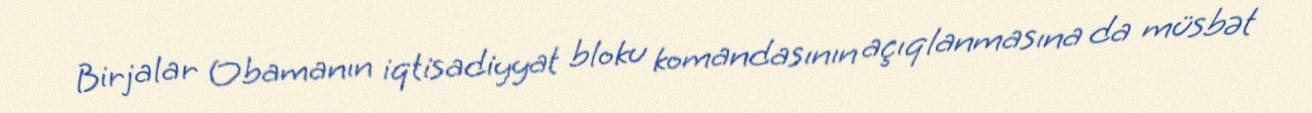
Birjalar Obamanın iqtisadiyyat bloku komandasının açıqlanmasına da müsbət